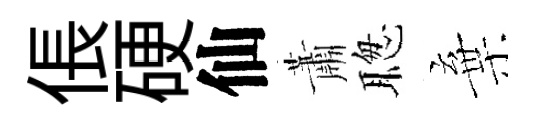
倀硬仙蕭聦棄